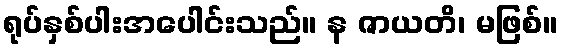
ရုပ်နှစ်ပါးအပေါင်းသည်။ န ဇာယတိ၊ မဖြစ်။